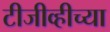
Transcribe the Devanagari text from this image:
टीजीव्हीच्या